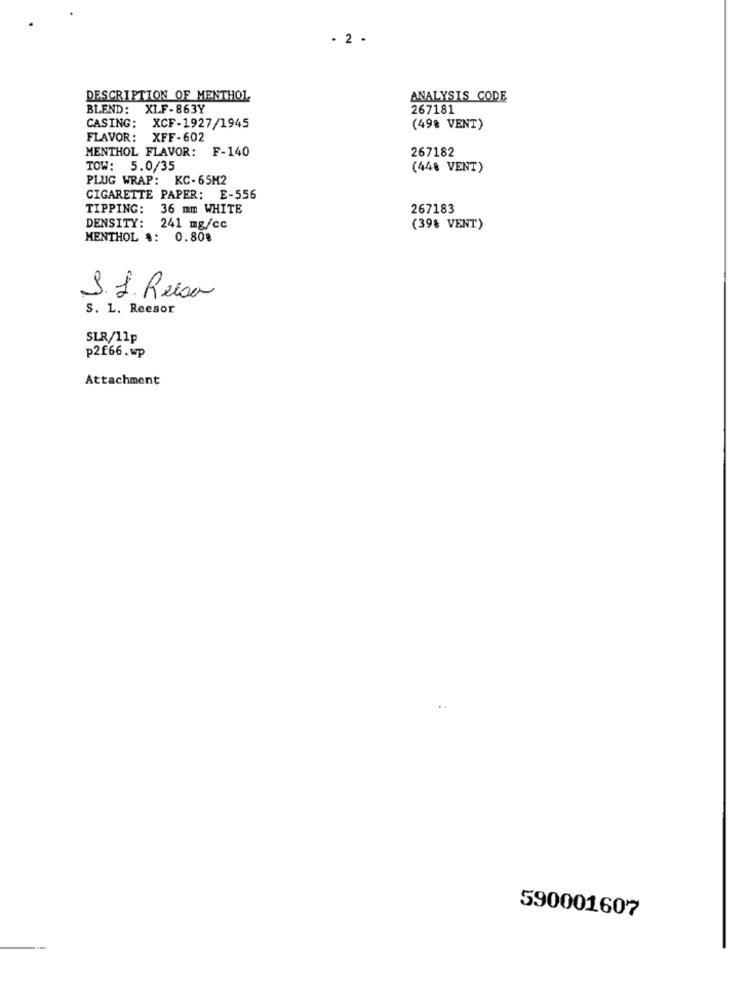
. 2 .
DESCRIPTION OF MENTHOL
ANALYSIS CODE
BLEND: XLF-863Y
267181
CASING: XCF-1927/1945
(49% VENT)
FLAVOR: XFF-602
MENTHOL FLAVOR: F-140
267182
TOW: 5.0/35
(448 VENT)
PLUG WRAP: KC-65M2
CIGARETTE PAPER: E-556
TIPPING:
36 mm WHITE
267183
DENSITY: 241 mg/cc
(39% VENT)
MENTHOL #: 0.808
S. 1. Resa
S. L. Reesor
SLR/11p
p2£66.wp
Attachment
590001607